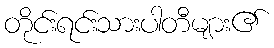
တိုင်းရင်းသားပါတီများ၏